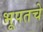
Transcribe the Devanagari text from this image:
भूपतचे